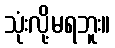
သုံးလို့မရဘူး။